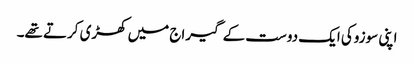
اپنی سوزوکی ایک دوست کے گیراج میں کھڑی کرتے تھے۔